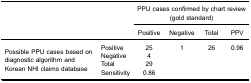
<table><thead><tr><td><b> </b></td><td><b> </b></td><td colspan="4"><b>PPU cases confirmed by chart review(gold standard)</b></td></tr><tr><td><b> </b></td><td><b> </b></td><td><b>Positive</b></td><td><b>Negative</b></td><td><b>Total</b></td><td><b>PPV</b></td></tr></thead><tbody><tr><td rowspan="4">Possible PPU cases based on diagnostic algorithm and Korean NHI claims database</td><td>Positive</td><td>25</td><td>1</td><td>26</td><td>0.96</td></tr><tr><td>Negative</td><td>4</td><td> </td><td> </td><td> </td></tr><tr><td>Total</td><td>29</td><td> </td><td> </td><td> </td></tr><tr><td>Sensitivity</td><td>0.86</td><td> </td><td> </td><td> </td></tr></tbody></table>